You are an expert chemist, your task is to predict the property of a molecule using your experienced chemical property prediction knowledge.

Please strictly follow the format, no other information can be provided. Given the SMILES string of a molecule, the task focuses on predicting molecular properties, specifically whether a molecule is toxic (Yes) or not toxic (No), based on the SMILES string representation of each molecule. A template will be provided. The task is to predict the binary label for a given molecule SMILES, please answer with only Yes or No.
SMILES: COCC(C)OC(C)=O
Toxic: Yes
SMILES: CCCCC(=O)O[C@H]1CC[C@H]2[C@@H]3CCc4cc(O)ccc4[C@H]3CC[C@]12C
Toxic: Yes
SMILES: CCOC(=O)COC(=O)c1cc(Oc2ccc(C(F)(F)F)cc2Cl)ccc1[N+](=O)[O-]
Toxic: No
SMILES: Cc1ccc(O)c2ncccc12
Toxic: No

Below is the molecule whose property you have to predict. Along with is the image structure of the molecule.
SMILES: OCCO
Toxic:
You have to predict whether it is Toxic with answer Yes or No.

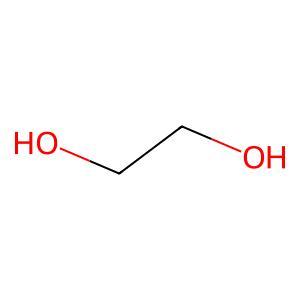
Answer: No